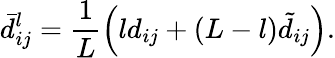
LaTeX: \bar{d}_{ij}^{l}=\frac{1}{L}\left(ld_{ij}+(L-l)\tilde{d}_{ij}\right).